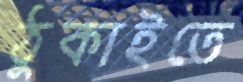
ঠুকাইতে